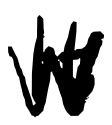
Text: It
Cross-out: zig-zag
Writing tool: digital_black